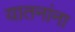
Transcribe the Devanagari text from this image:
यातनांना